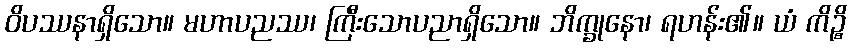
ဝိပဿနာရှိသော။ မဟာပညဿ၊ ကြီးသောပညာရှိသော။ ဘိက္ခုနော၊ ရဟန်း၏။ ယံ ကိဉ္စိ